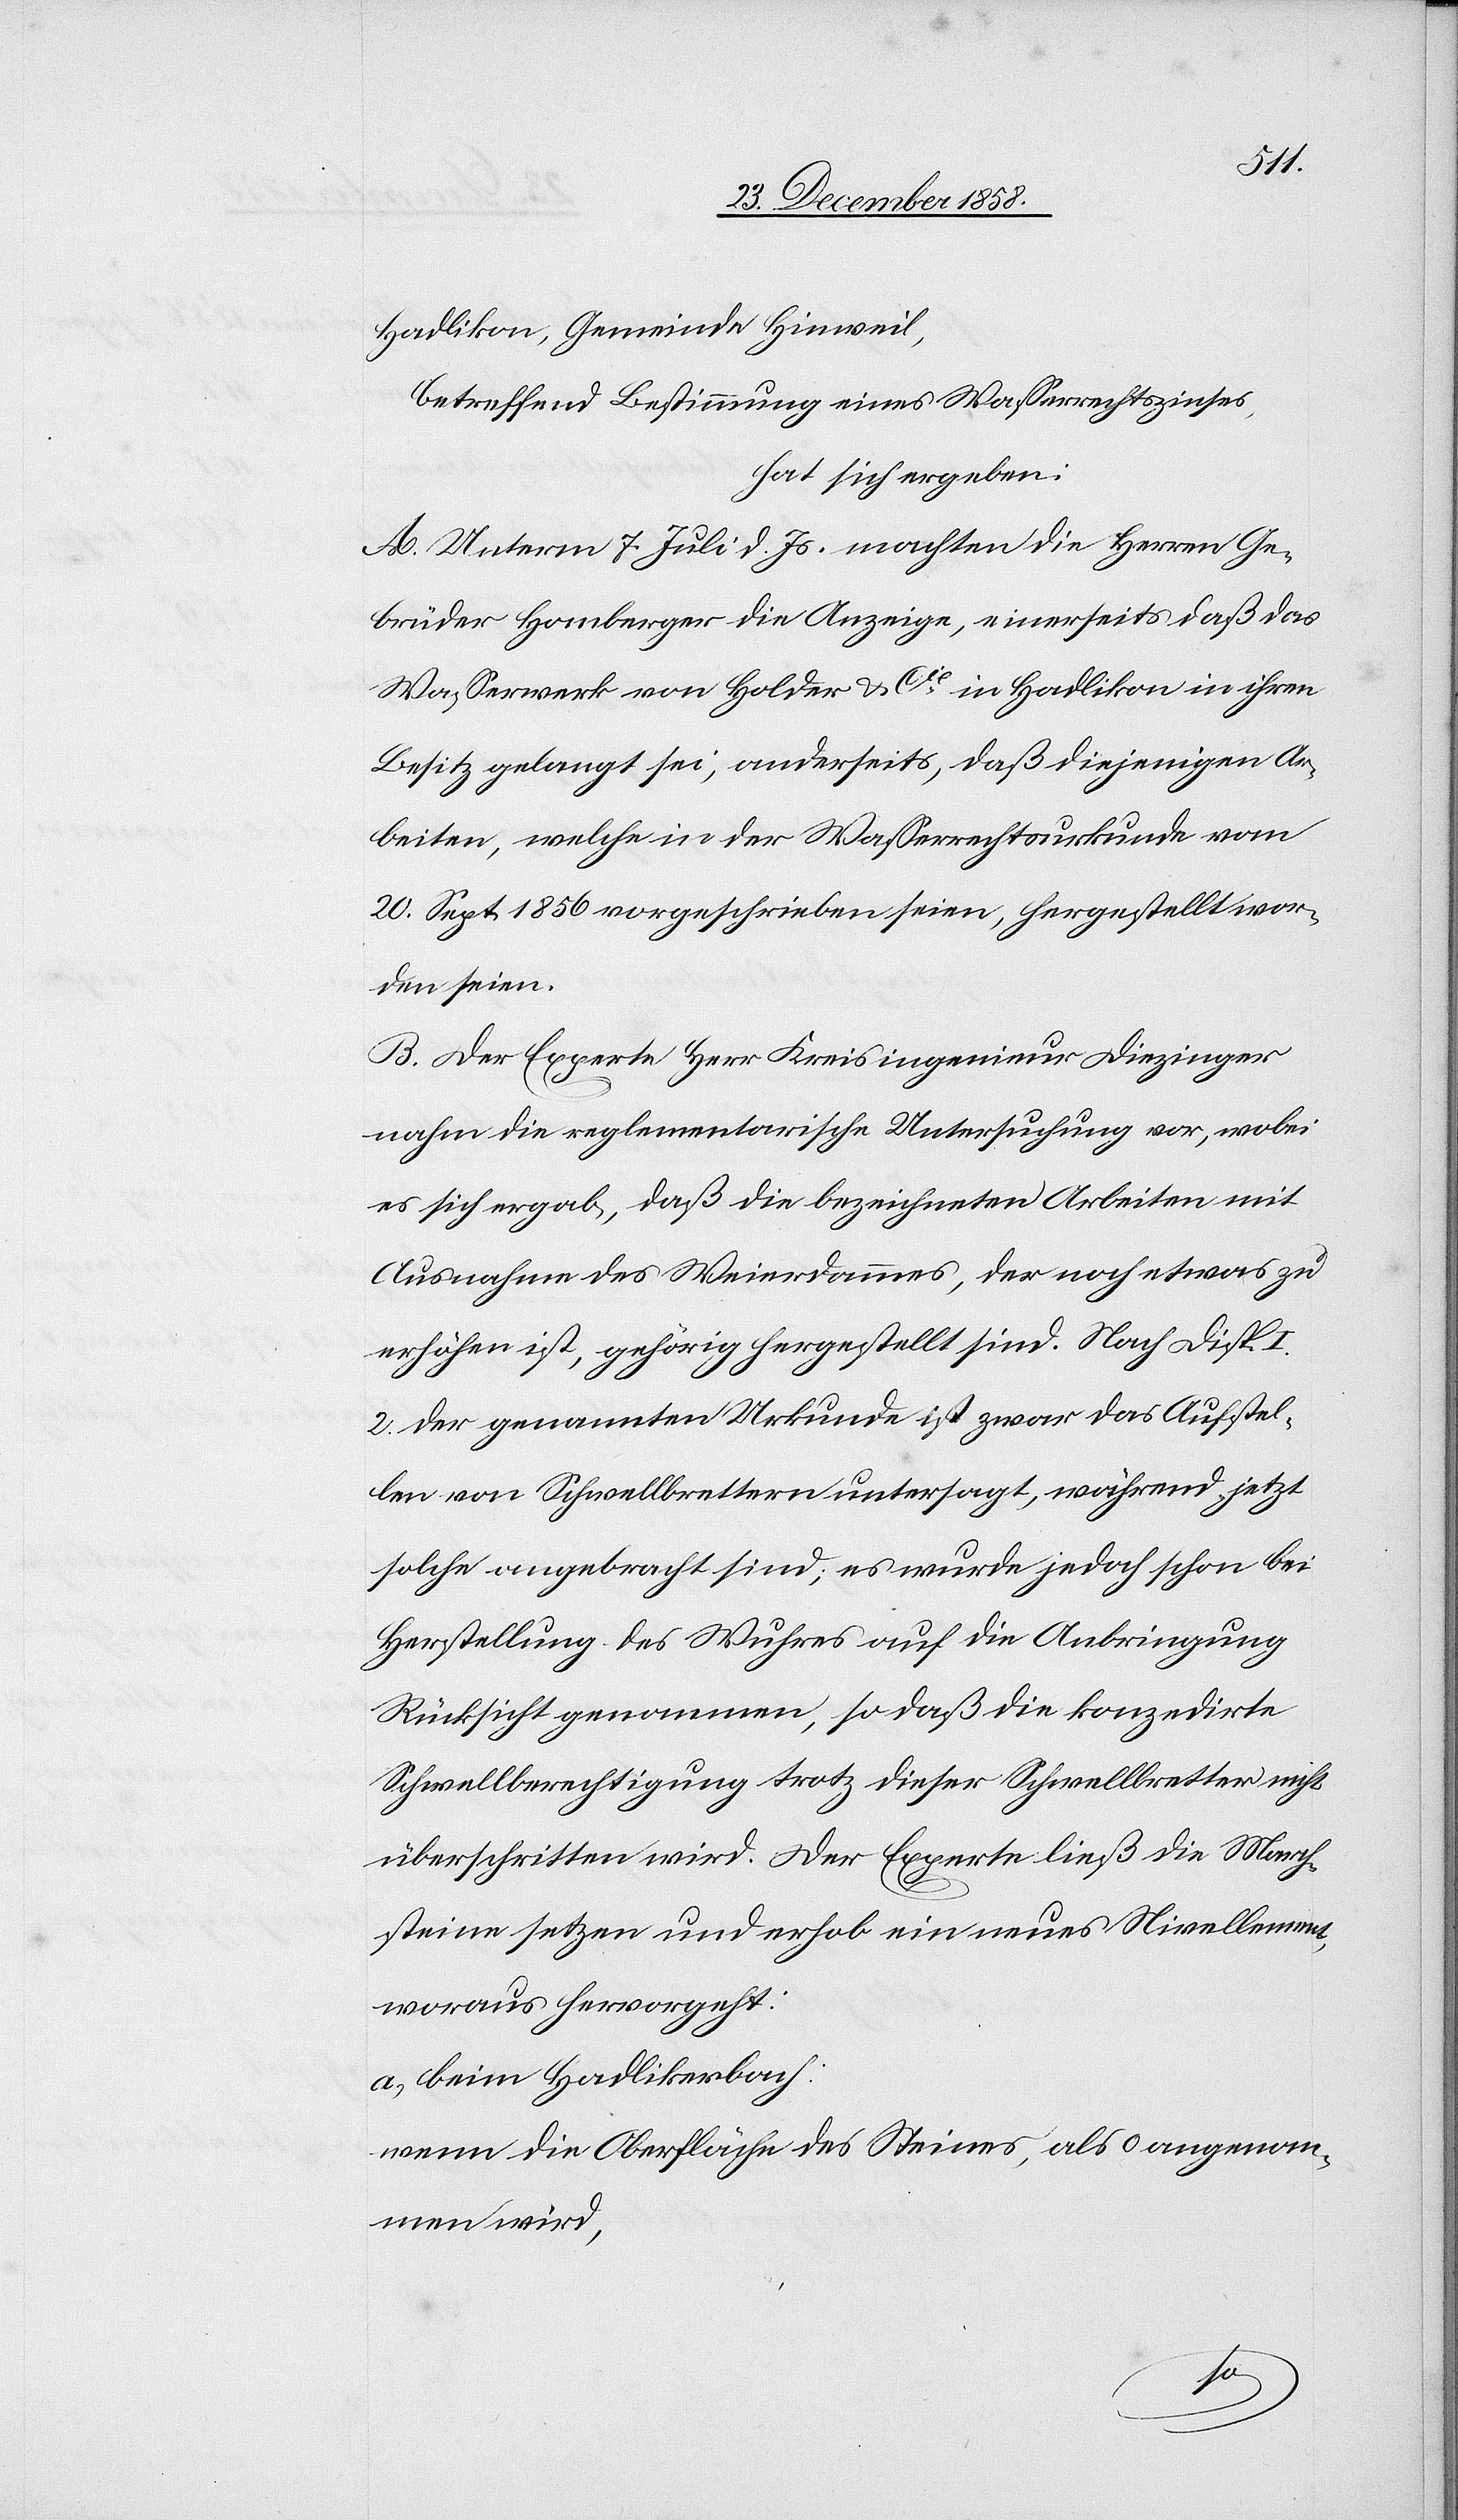
Hadlikon, Gemeinde Hinweil,
betreffend Bestimmung eines Wasserrechtszinses,
hat sich ergeben:
A. Unterm 7. Juli d. Js. machten die Herren Ge¬
brüder Homberger die Anzeige, einerseits daß das
Wasserwerk von Holder & Cie in Hadlikon in ihren
Besitz gelangt sei, anderseits, daß diejenigen Ar¬
beiten, welche in der Wasserrechtsurkunde vom
20. Sept. 1856 vorgeschrieben seien, hergestellt wor¬
den seien.
B. Der Experte Herr Kreisingenieur Diezinger
nahm die reglementarische Untersuchung vor, wobei
es sich ergab, daß die bezeichneten Arbeiten mit
Ausnahme des Weierdammes, der noch etwas zu
erhöhen ist, gehörig hergestellt sind. Nach Disp.
2. der genannten Urkunde ist zwar das Aufstel¬
len von Schwellbrettern untersagt, während jetzt
solche angebracht sind; es wurde jedoch schon bei
Herstellung des Wuhres auf die Anbringung
Rücksicht genommen, so daß die konzedirte
Schwellberechtigung trotz dieser Schwellbretter nicht
überschritten wird. Der Experte ließ die March¬
steine setzen und erhob ein neues Nivellement,
woraus hervorgeht:
a.) beim Hadlikerbach:
wenn die Oberfläche des Steines, als 0 angenom¬
men wird,